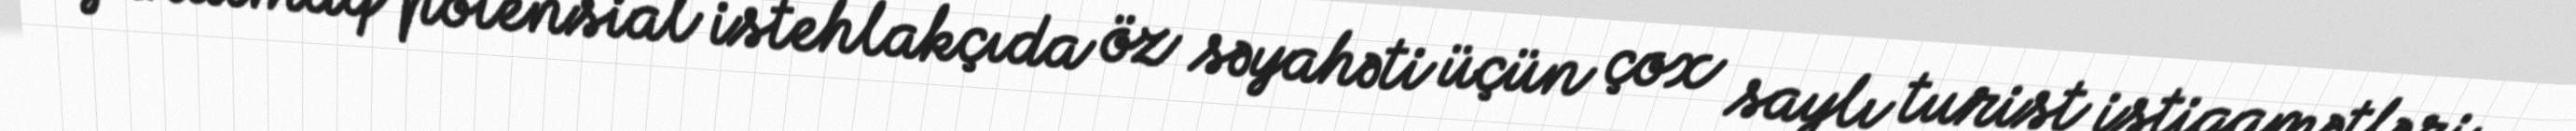
yaratmaq potensial istehlakçıda öz səyahəti üçün çox saylı turist istiqamətləri